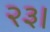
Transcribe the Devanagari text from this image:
२३।